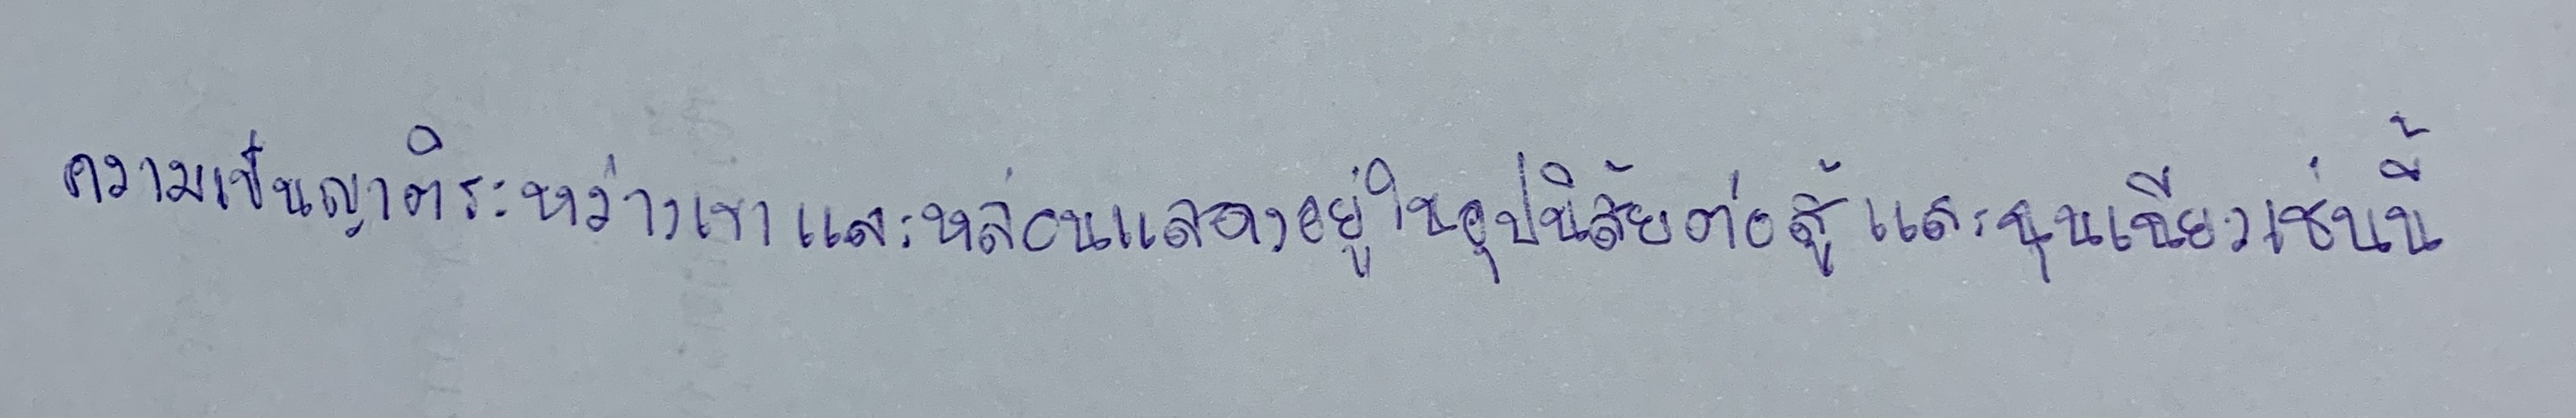
ความเป็นญาติระหว่างเขาและหล่อนแสดงอยู่ในอุปนิสัยต่อสู้และฉุนเฉียวเช่นนี้